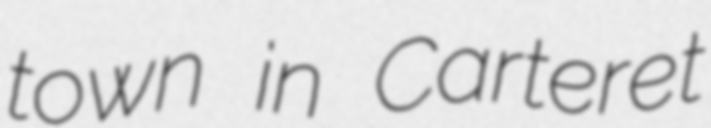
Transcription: town in Carteret